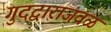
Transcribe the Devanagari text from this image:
गुदद्वाराजवळ